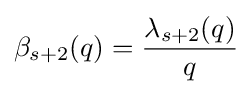
\beta _{s+2}(q)={\frac {\lambda _{s+2}(q)}{q}}